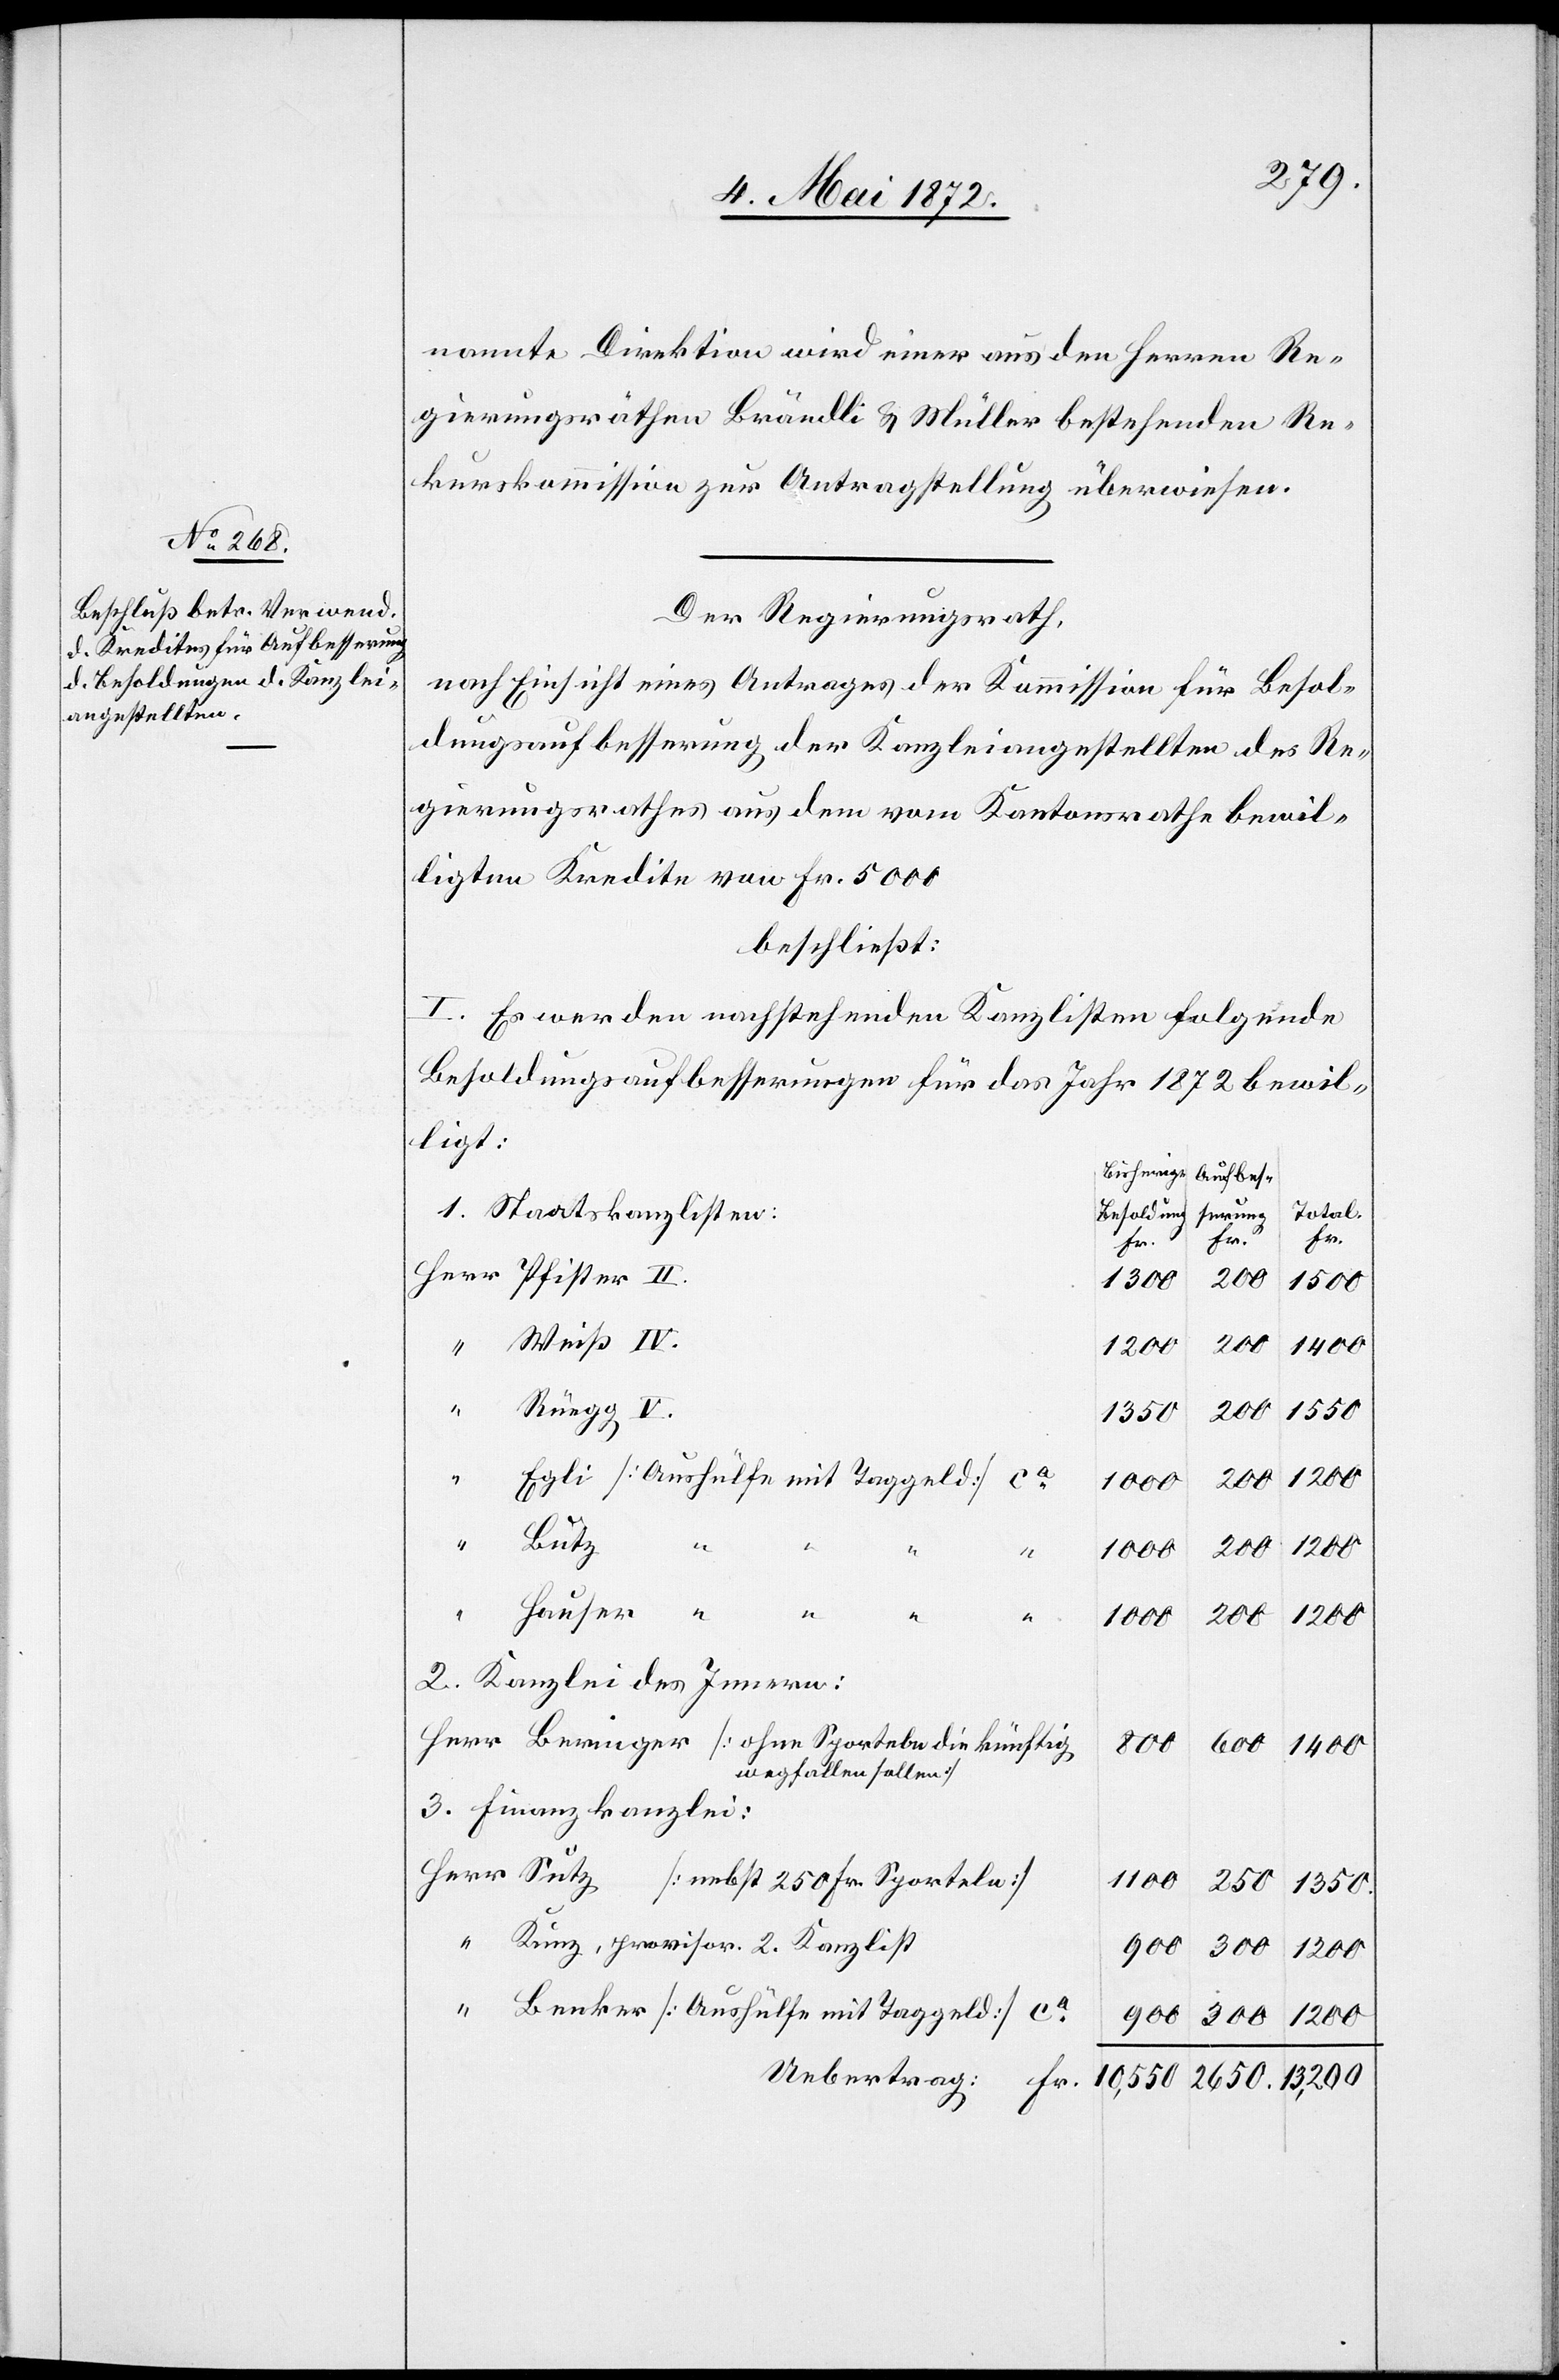
nannte Direktion wird einer aus den Herren Re¬
gierungsräthen Brändli u. Müller bestehenden Re¬
kurskommission zur Antragstellung überwiesen.
Der Regierungsrath,
nach Einsicht eines Antrages der Kommission für Besol¬
dungsaufbesserung der Kanzleiangestellten des Re¬
gierungsrathes aus dem vom Kantonsrathe bewil¬
ligten Kredite von Fr. 5000
beschließt:
I. Es werden nachstehenden Kanzlisten folgende
Besoldungsaufbesserungen für das Jahr 1872 bewil¬
ligt:
Total
Besoldung
1. Staatskanzlisten:
Fr.
Herr
Fr.
1500
1300
200
1400
Rüegg V.
1550
Egli [Aushülfe mit Taggeld] ca
1200
1000
Herr
Sutz
er
die
Hauser “ “
2. Kanzlei des Innern:
800
600
wegfallen sollen]
3. Finanzkanzlei:
1100
250
1350
Kunz, provisor. 2. Kanzlist
900
300
1200
Benker [Aushülfe mit Taggeld] ca